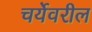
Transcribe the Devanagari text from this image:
चर्येवरील